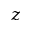
z